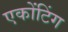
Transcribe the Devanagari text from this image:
एकोंटिंग